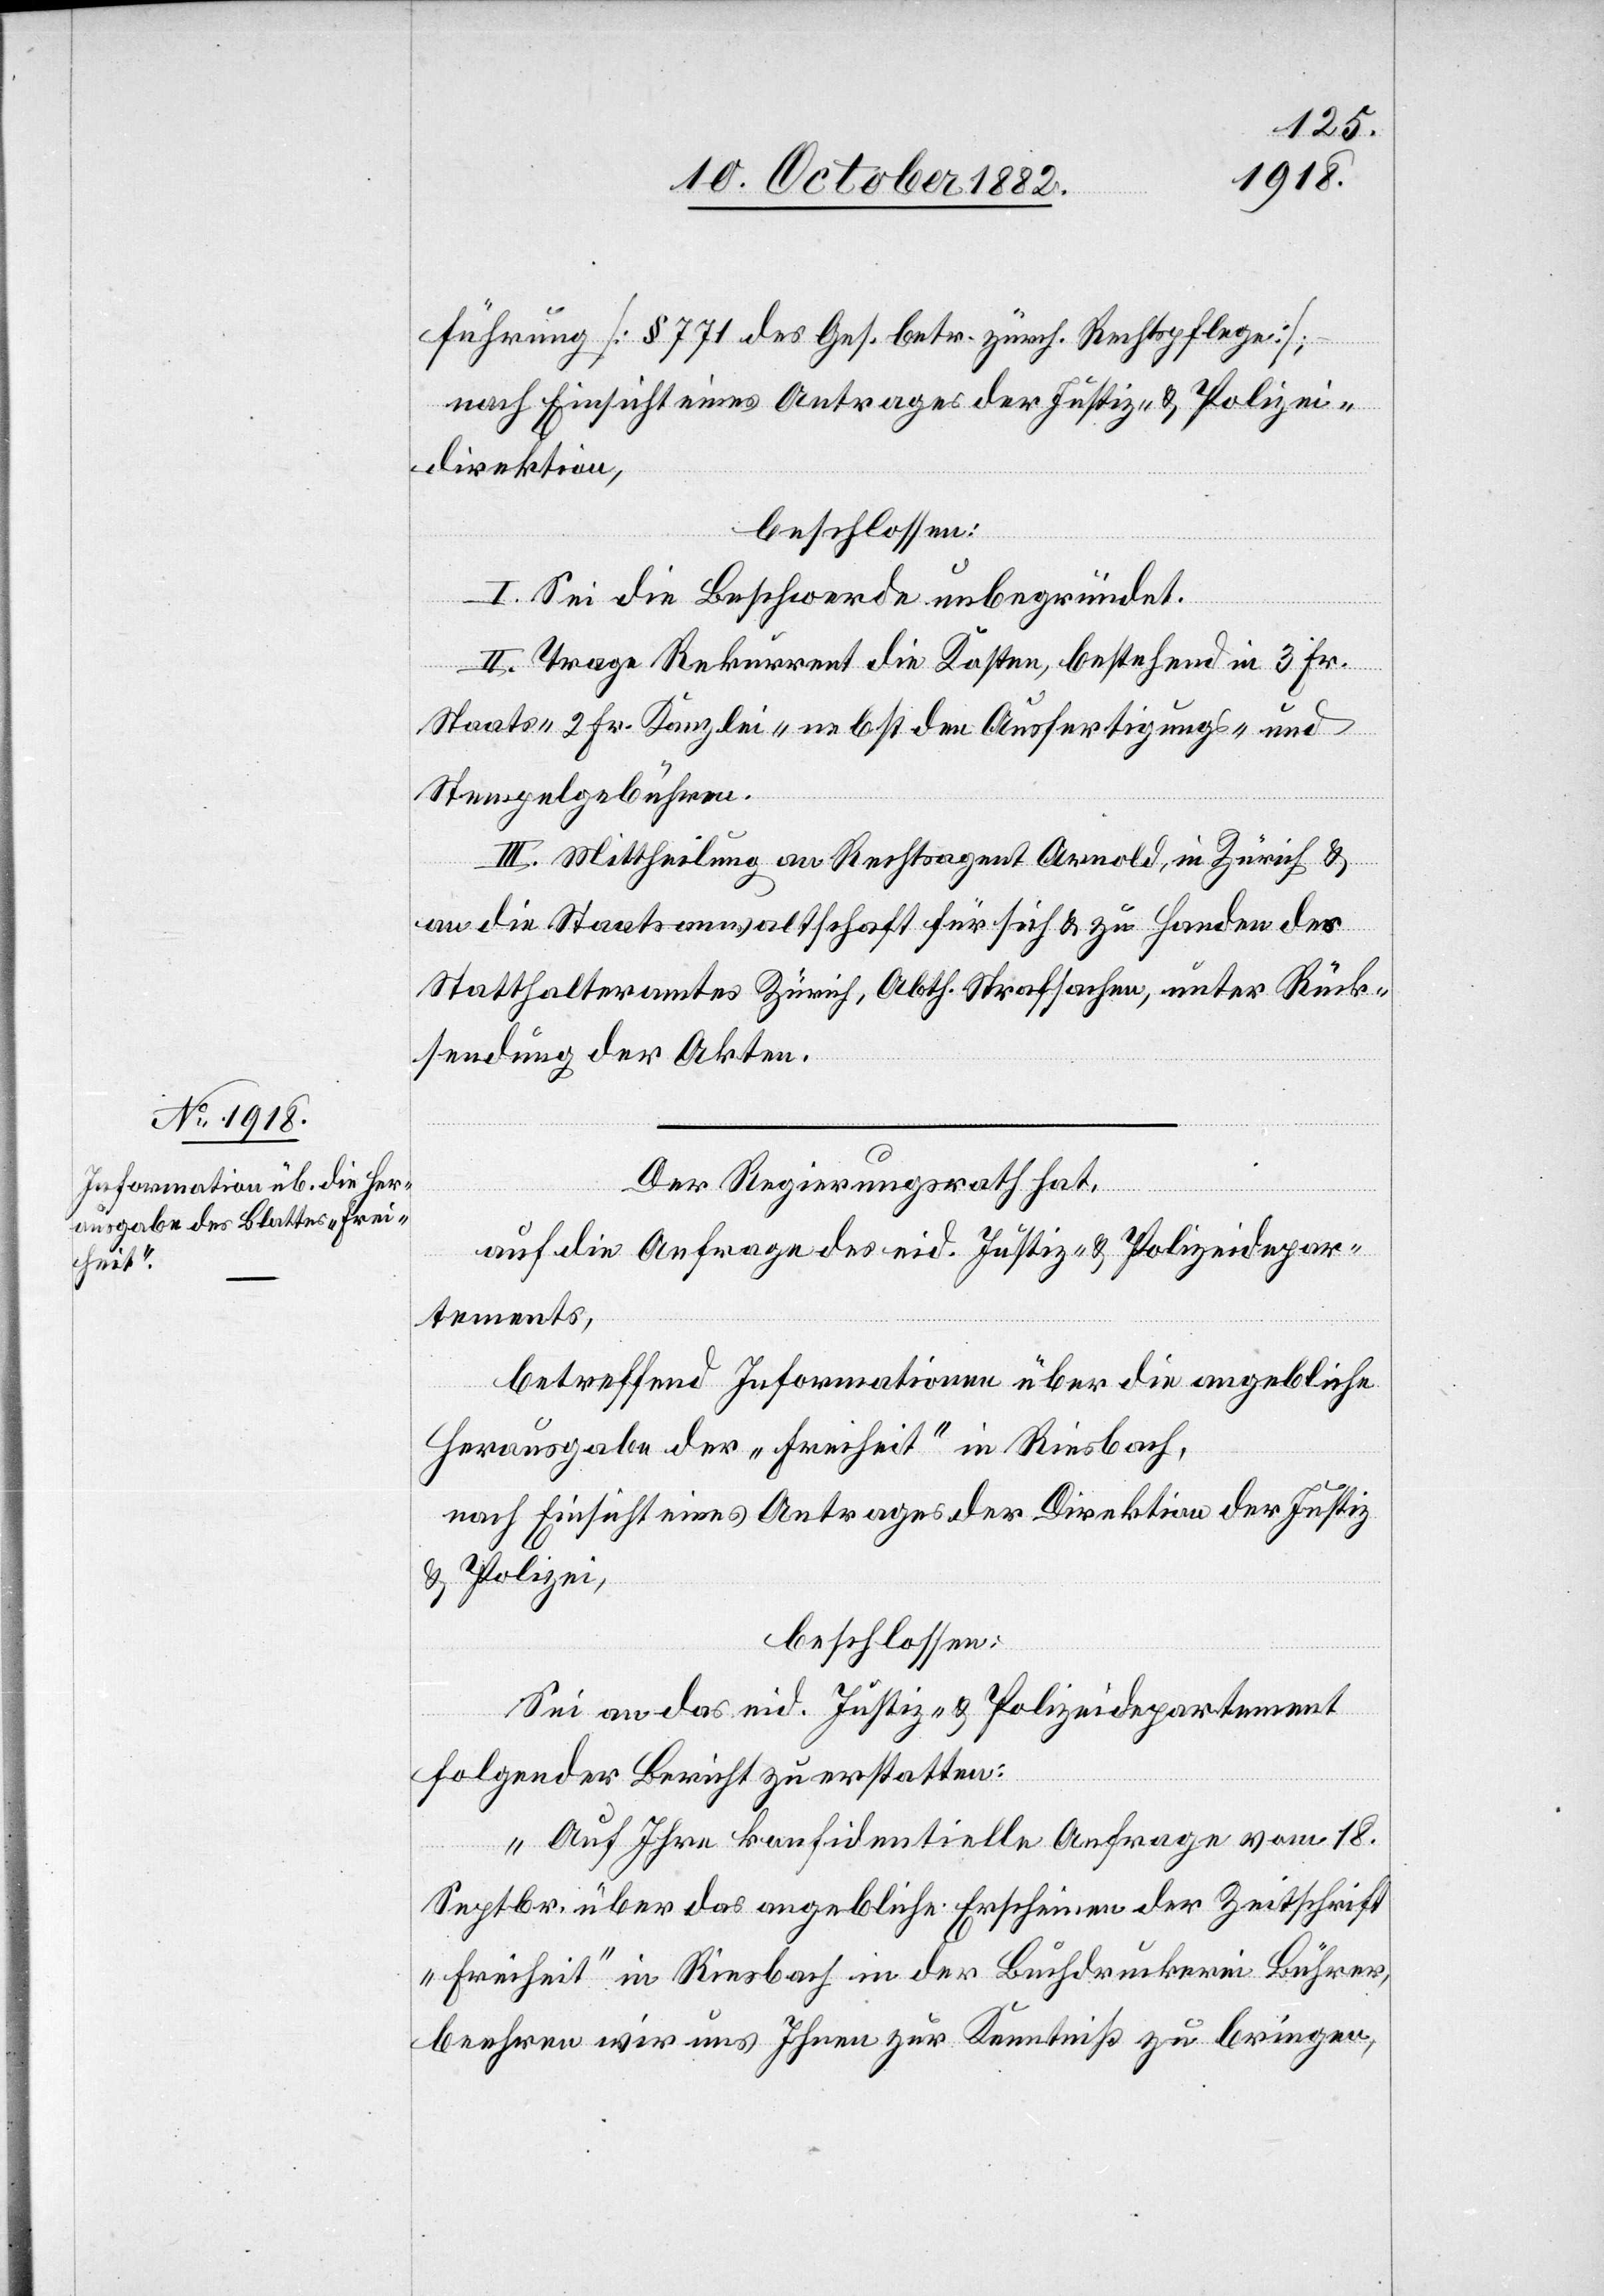
führung [§ 771 des Ges. betr. zürch. Rechtspflege];
nach Einsicht eines Antrages der Justiz- & Polizei¬
direktion,
beschlossen:
I. Sei die Beschwerde unbegründet.
II. Trage Rekurrent die Kosten, bestehend in 3 Fr.
Staats- 2 Fr. Kanzlei- nebst den Ausfertigungs- und
Stempelgebühren.
III. Mittheilung an Rechtsagent Arnold, in Zürich &
an die Staatsanwaltschaft für sich & zu Handen des
Statthalteramtes Zürich, Abth. Strafsachen, unter Rück¬
sendung der Akten.
Der Regierungsrath hat,
auf die Anfrage des eid. Justiz- & Polizeidepar¬
tements,
betreffend Informationen über die angebliche
Herausgabe der „Freiheit“ in Riesbach,
nach Einsicht eines Antrages der Direktion der Justiz
& Polizei,
beschlossen:
Sei an das eid. Justiz- & Polizeidepartement
folgender Bericht zu erstatten:
„Auf Ihre konfidentielle Anfrage vom 18.
Septbr. über das angebliche Erscheinen der Zeitschrift
„Freiheit“ in Riesbach in der Buchdruckerei Bührer,
beehren wir uns Ihnen zur Kenntniß zu bringen,